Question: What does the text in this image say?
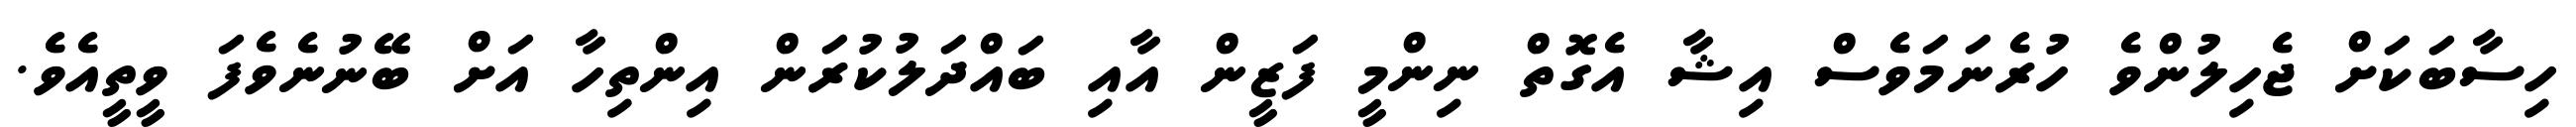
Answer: ހިސާބަކަށް ޖެހިލުންވެ ހުރެނަމަވެސް އިޝާ އެގޮތް ނިންމީ ފަޒީން އާއި ބައްދަލުކުރަން އިންތިހާ އަށް ބޭނުނެވެފަ ވީތީއެވެ.